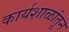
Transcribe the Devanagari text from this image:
कार्यशाळांतून